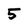
Character: 5